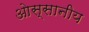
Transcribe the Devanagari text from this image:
ओस्सानीय